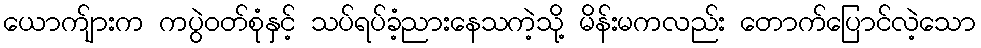
ယောက်ျားက ကပွဲဝတ်စုံနှင့် သပ်ရပ်ခံ့ညားနေသကဲ့သို့ မိန်းမကလည်း တောက်ပြောင်လဲ့သော